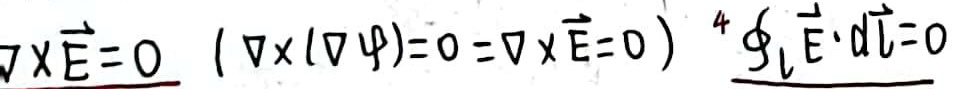
$\nabla \times \vec{E}=0 \quad(\nabla \times(\nabla \psi)=0=\nabla \times \vec{E}=0) \quad \oint_{L} \vec{E} \cdot d \vec{l}=0$